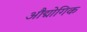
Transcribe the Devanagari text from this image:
औद्मोगिक